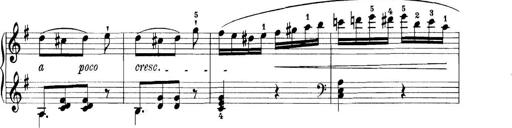
Title: 11 Sonatinas
Composer: Anton Diabelli